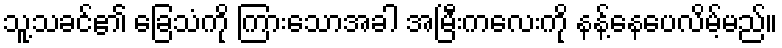
သူ့သခင်၏ ခြေသံကို ကြားသောအခါ အမြီးကလေးကို နန့်နေပေလိမ့်မည်။